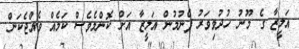
އަލީޒާ ގެ މޫނު ހުދުވިވަރު ފެނުމުން އަލީޒާ އަށް ކޮންމެވެސް ކަމެއް ވެއްޖެކަން